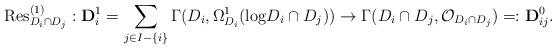
LaTeX: \begin{align*}\mathrm{Res}_{D_i\cap D_j}^{(1)}:\mathbf D_i^1=\sum_{j\in I-\{i\}}\Gamma(D_i,\Omega^1_{D_i}(\mathrm{log}D_i\cap D_j))\to \Gamma(D_i\cap D_j,\mathcal O_{D_i\cap D_j})=:\mathbf D_{ij}^0. \end{align*}